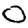
Digit: 0